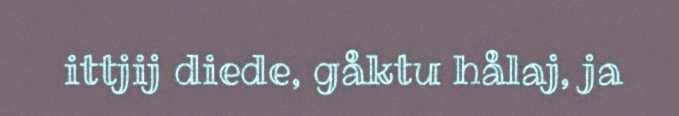
ittjij diede, gåktu hålaj, ja